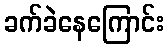
ခက်ခဲနေကြောင်း